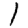
Digit: 1